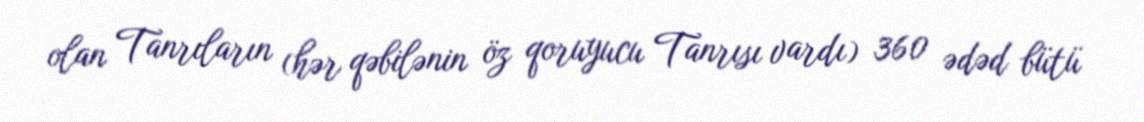
olan Tanrıların (hər qəbilənin öz qoruyucu Tanrısı vardı) 360 ədəd bütü